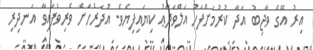
އިރު އޭގެ ވާޖިބު އަދާ ކުރުމަށްފަހު އަލްވަދާޢު ކިޔައިފިޔެވެ. އުދަރެހަށް ވެރިވެފައިވާ އަނދިރި